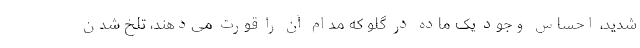
شدید، احساس وجود یک ماده در گلو که مدام آن را قورت می‌دهند، تلخ شدن